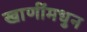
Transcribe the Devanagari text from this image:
खाणींमधुन